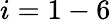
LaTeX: i=1-6